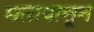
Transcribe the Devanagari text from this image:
छतापासून